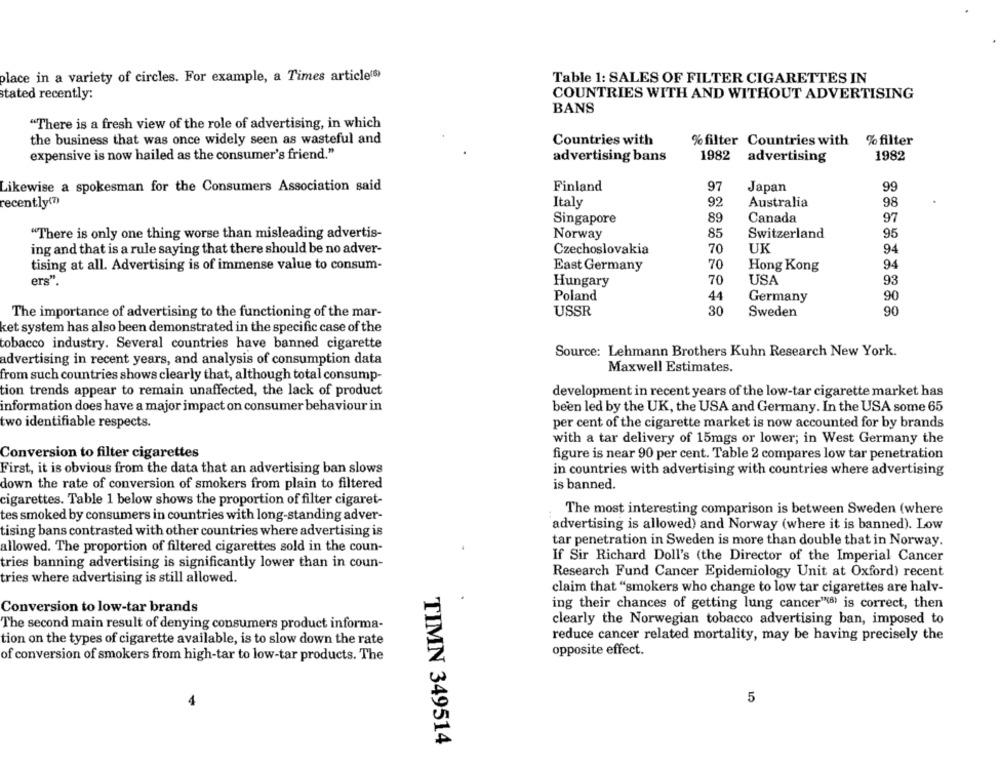
place in a variety of circles. For example, a Times article(6)
Table 1: SALES OF FILTER CIGARETTES IN
stated recently:
COUNTRIES WITH AND WITHOUT ADVERTISING
BANS
"There is a fresh view of the role of advertising, in which
the business that was once widely seen as wasteful and
Countries with
% filter Countries with
% filter
expensive is now hailed as the consumer's friend."
advertising bans
1982
advertising
1982
Likewise a spokesman for the Consumers Association said
Finland
97
Japan
99
recently(?)
Italy
92
Australia
98
Singapore
89
Canada
97
"There is only one thing worse than misleading advertis-
Norway
85
Switzerland
95
ing and that is a rule saying that there should be no adver-
Czechoslovakia
70
UK
94
tising at all. Advertising is of immense value to consum-
East Germany
70
Hong Kong
94
ers".
Hungary
70
USA
93
Poland
44
Germany
90
The importance of advertising to the functioning of the mar-
USSR
30
Sweden
90
ket system has also been demonstrated in the specific case of the
tobacco industry. Several countries have banned cigarette
Source: Lehmann Brothers Kuhn Research New York.
advertising in recent years, and analysis of consumption data
Maxwell Estimates.
from such countries shows clearly that, although total consump-
tion trends appear to remain unaffected, the lack of product
development in recent years of the low-tar cigarette market has
information does have a major impact on consumer behaviour in
been led by the UK, the USA and Germany. In the USA some 65
two identifiable respects.
per cent of the cigarette market is now accounted for by brands
with a tar delivery of 15mgs or lower; in West Germany the
Conversion to filter cigarettes
figure is near 90 per cent. Table 2 compares low tar penetration
First, it is obvious from the data that an advertising ban slows
in countries with advertising with countries where advertising
down the rate of conversion of smokers from plain to filtered
is banned.
cigarettes. Table 1 below shows the proportion of filter cigaret-
The most interesting comparison is between Sweden (where
tes smoked by consumers in countries with long-standing adver
advertising is allowed) and Norway (where it is banned). Low
tising bans contrasted with other countries where advertising is
tar penetration in Sweden is more than double that in Norway.
allowed. The proportion of filtered cigarettes sold in the coun-
If Sir Richard Doll's (the Director of the Imperial Cancer
tries banning advertising is significantly lower than in coun-
Research Fund Cancer Epidemiology Unit at Oxford) recent
tries where advertising is still allowed.
claim that "smokers who change to low tar cigarettes are halv-
ing their chances of getting lung cancer"(6) is correct, then
Conversion to low-tar brands
clearly the Norwegian tobacco advertising ban, imposed to
The second main result of denying consumers product informa-
tion on the types of cigarette available, is to slow down the rate
reduce cancer related mortality, may be having precisely the
opposite effect.
of conversion of smokers from high-tar to low-tar products. The
5
TIMN 349514